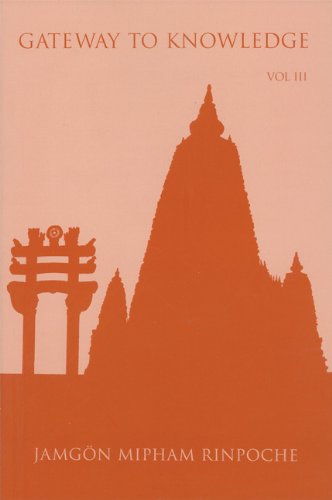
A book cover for Gateway to Knowledge: A Condensation of the Tripitaka, Vol. 3; Jamgon Mipham Rinpoche; Religion & Spirituality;